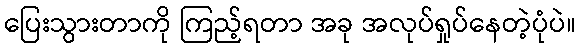
ပြေးသွားတာကို ကြည့်ရတာ အခု အလုပ်ရှုပ်နေတဲ့ပုံပဲ။